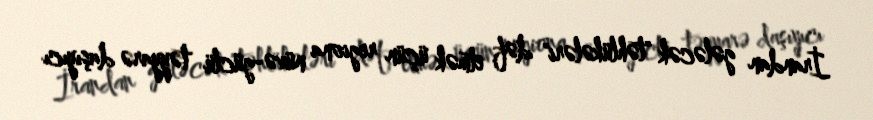
İrandan gələcək "təhlükələri" dəf etmək üçün regiona nüvə-güclü təyyarə daşıyıcı